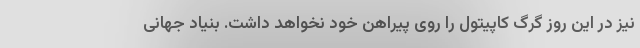
نیز در این روز گرگ کاپیتول را روی پیراهن خود نخواهد داشت. بنیاد جهانی